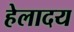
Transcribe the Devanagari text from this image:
हेलादय